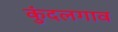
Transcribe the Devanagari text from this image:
कुंदलगाव